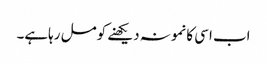
اب اسی کانمونہ دیکھنے کومل رہاہے۔